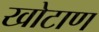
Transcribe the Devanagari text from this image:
खोटाण